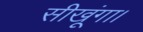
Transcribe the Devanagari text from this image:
सीखूंगा।